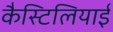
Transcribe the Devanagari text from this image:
कैस्टिलियाई